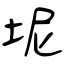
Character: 坭